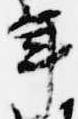
年